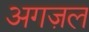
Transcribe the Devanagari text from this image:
अगज़ल